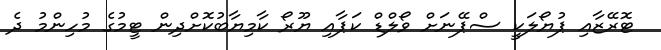
ޓޮރޭޒާއި ޕުޔޯލަކީ ސްޕޭނަށް ވޯލްޑް ކަޕާއި ޔޫރޯ ކާމިޔާބުކޮށްދިން ޓީމުގެ މުހިންމު ދެ